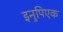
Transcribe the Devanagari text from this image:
इनुपिएक